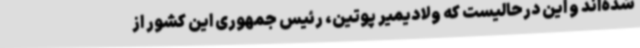
شده‌اند و این درحالیست که ولادیمیر پوتین، رئیس جمهوری این کشور از